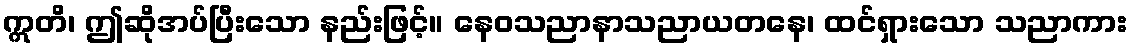
ဣတိ၊ ဤဆိုအပ်ပြီးသော နည်းဖြင့်။ နေဝသညာနာသညာယတနေ၊ ထင်ရှားသော သညာကား